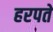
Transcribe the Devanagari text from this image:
हरपते